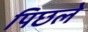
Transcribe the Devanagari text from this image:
पिछले